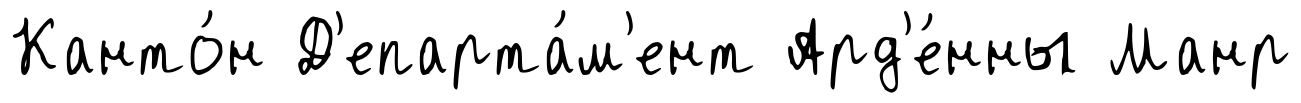
Канто́н Д'епарта́м'ент Ард'е́нны Манр